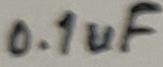
Text: 0.1uF